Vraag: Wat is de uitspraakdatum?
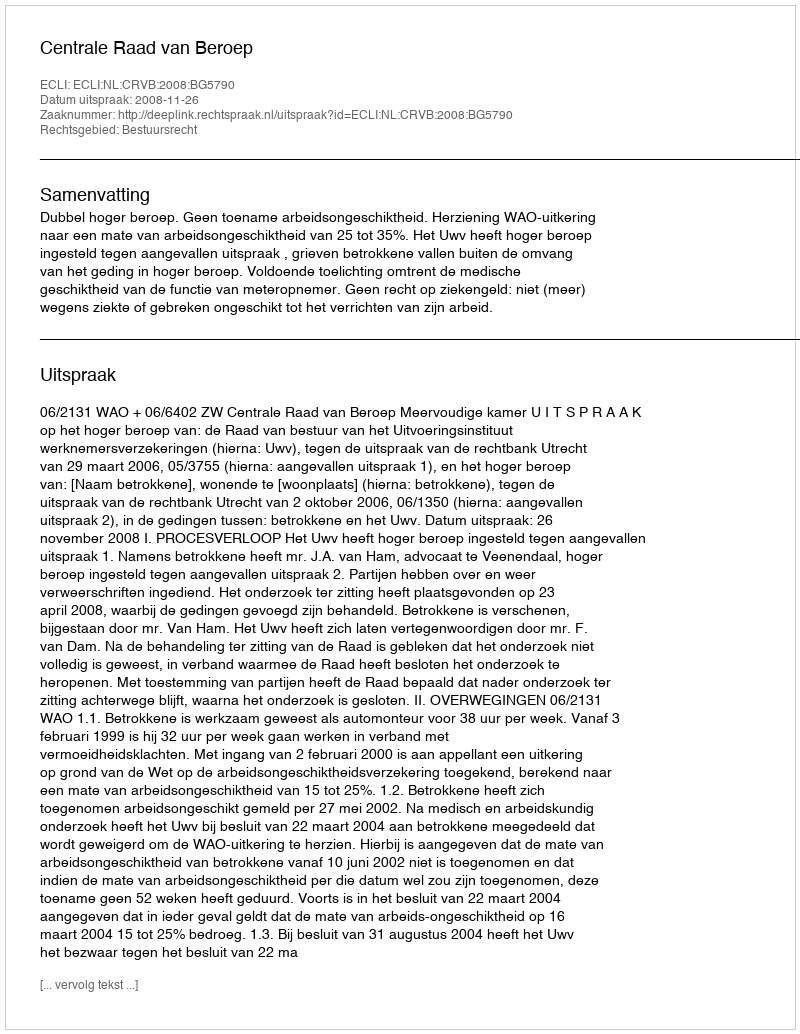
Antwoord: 2008-11-26